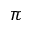
\pi